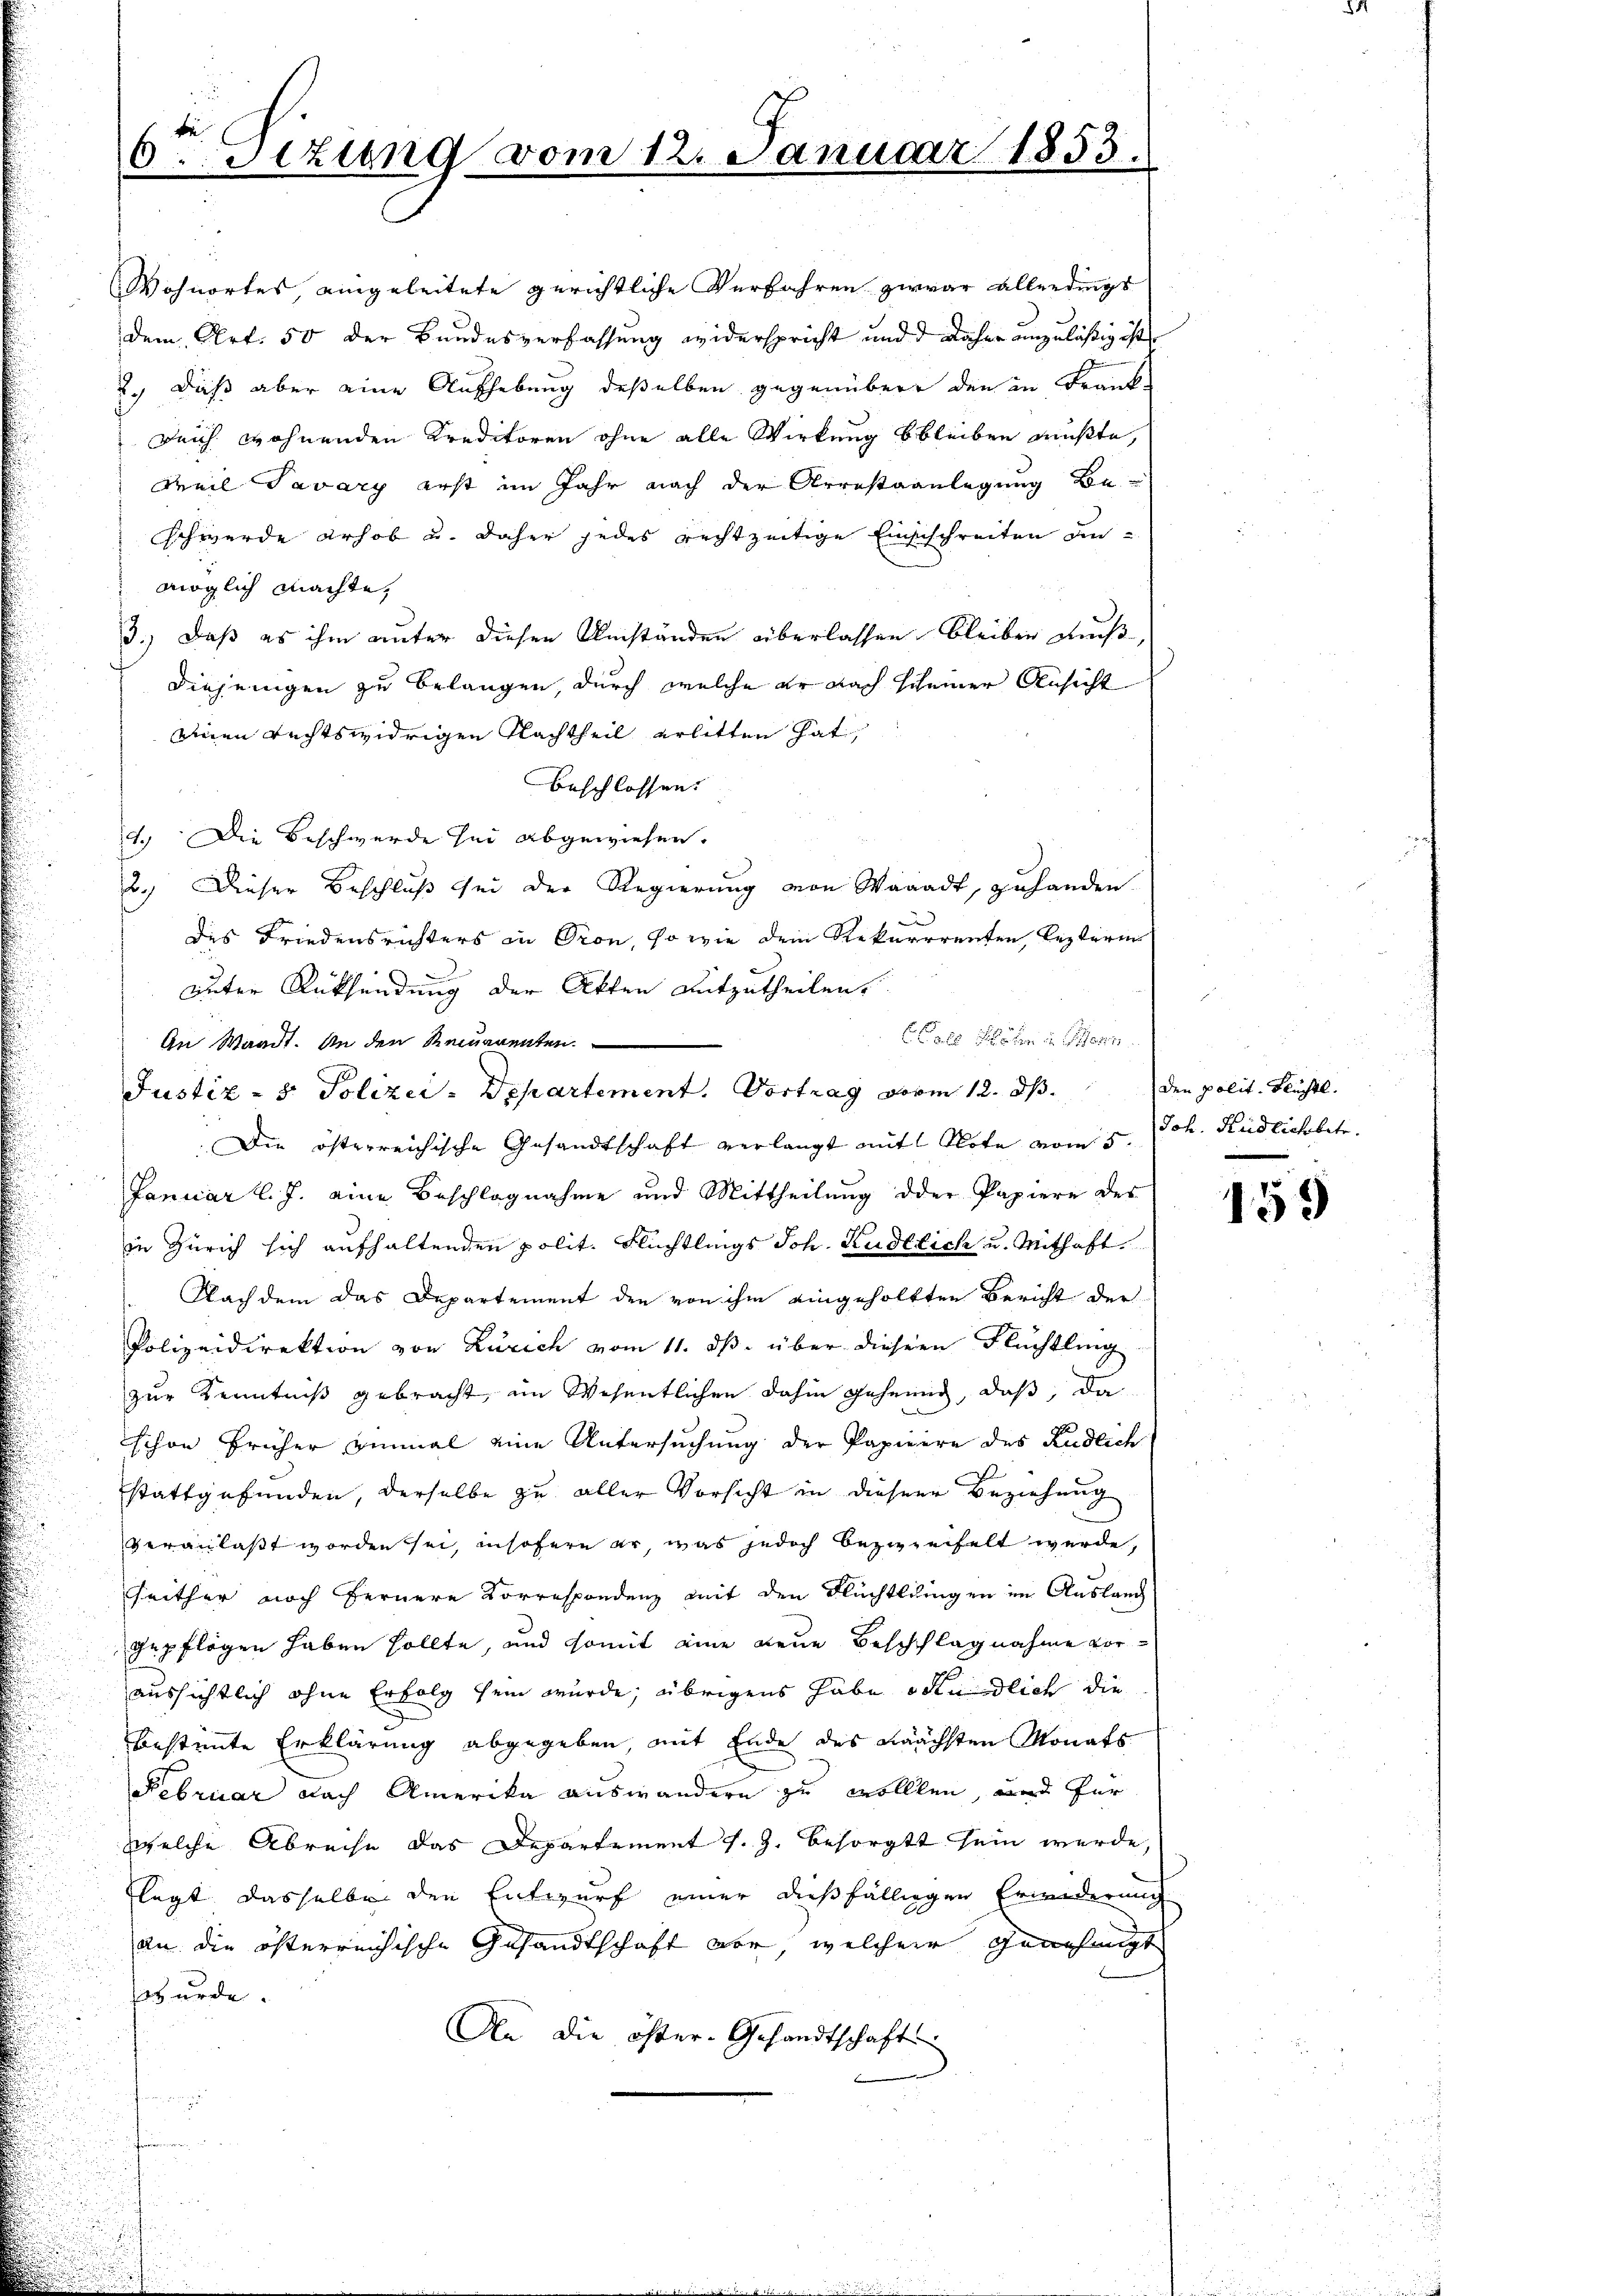
6.Sizung vom 12. Januar 1853.

anen rechtswidrigen Nachtheil erlitten hat,
beschlossen.
4.) Die Beschwerde sei abgewiesen.
2.) Dieser Beschluß sei der Regierung von Waadt, zuhanden.
d
des Friedensrichters in Pron, so wie dem Rekurrrenten, lezteren
uuter Rücksendung der Akten mitzutheilen.
An Waadt. An den Remarenten.
Justiz- & Polizei-Departement. Vortrag vom 12. d. den polit. Flüchtl.
Die österreichische Gesandtschaft verlangt mit Note vom 5. Joh. Kudlichbetr.
Januar l. J. eine Beschlagnahme und Mittheilung der Papiere des
in Zürich sich aufhaltenden polit. Flüchtlings Joh. Kudllich u. Mithaft
Nach dem das Departement den von ihm eingeholten Bericht der
Polizeidirektion von Zürich vom 11. ds. über dieser Flüchtling
zur Kenntniß gebracht, im Wesentlichen dahin geheung, daß, da
schon früher einmal eine Untersuchung der Papierre des Rüdlich
stattgefunden, derselbe zu aller Vorsicht in dieser Beziehung
veranlaßt worden sei, insofern er, was jedoch bezweifelt werde,
seither noch fernere Korrespondenz mit den Flüchtlingen im Auslang
gepflogen haben sollte, und somit eine neue Beschlagnahme voraussichtlich ohne Erfolg sein würde; übrigens habe südlich die
bestimmte Erklärung abgegeben, mit Ende des Nächsten Monats
Februar nach Amerika auswandern zu wollten, und für
welche Abreise das Departement s. Z. besorgt sein werde,
flegt dasselbe den Entwurf einer dießfälligen Erwiderung
an die österreichische Gesandtschaft vor, welcher Genehmigt
wurde.
An die öster- Gesandtschaft

Wohnortes eingeleitete gerichtliche Verfahren zwar allerdings
dem, Art. 50 der Bundesverfassung widerspricht und d daher unzuläßig ist
2.) Daß aber eine Aufhebung deßelben gegenüber den in Frank-
Reich wohnenden Kreditoren ohne alle Wirkung bleiben mußte,
Weil Tavary erst im Jahr nach der Arrestaanlegung Beschwerde erhob u. daher jedes rechtzeitige Einsschreiten anmöglich machte,
3.) Daß es ihm unter diesen Umständen überlassen bleiben muß,
diejenigen zu belangen, durch welche er nach scheiner Ansicht

ole den in an

155